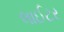
લાઈટર